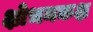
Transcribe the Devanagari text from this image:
क्षोभनकक्ष